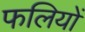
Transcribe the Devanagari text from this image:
फलियों